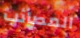
المصائب